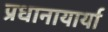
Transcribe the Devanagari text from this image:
प्रधानायार्या